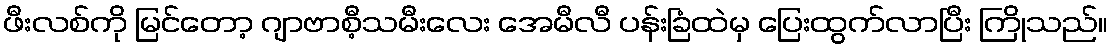
ဖီးလစ်ကို မြင်တော့ ဂျာဗာစီ့သမီးလေး အေမီလီ ပန်းခြံထဲမှ ပြေးထွက်လာပြီး ကြိုသည်။